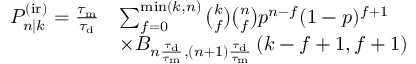
\begin{array} { r l } { P _ { n | k } ^ { \mathrm { ( i r ) } } = \frac { \tau _ { \mathrm { m } } } { \tau _ { \mathrm { d } } } } & { \sum _ { f = 0 } ^ { \operatorname* { m i n } ( k , n ) } \binom { k } { f } \binom { n } { f } p ^ { n - f } ( 1 - p ) ^ { f + 1 } } \\ & { \times B _ { n \frac { \tau _ { \mathrm { d } } } { \tau _ { \mathrm { m } } } , ( n + 1 ) \frac { \tau _ { \mathrm { d } } } { \tau _ { \mathrm { m } } } } \left( k - f + 1 , f + 1 \right) } \end{array}